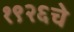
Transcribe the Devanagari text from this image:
१९२६चे